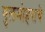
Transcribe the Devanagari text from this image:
गुलमोहराचे